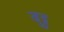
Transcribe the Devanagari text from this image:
बुड्ढ